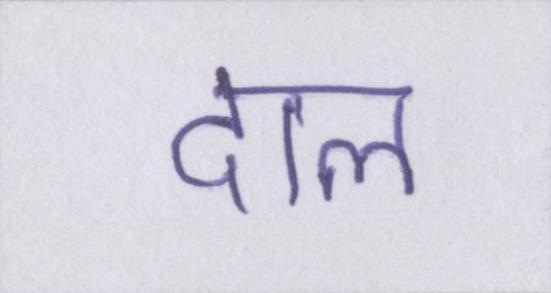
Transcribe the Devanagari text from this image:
दाल